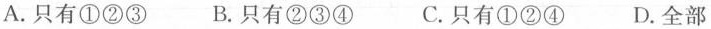
A.只有①②③ B.只有②③④ C.只有①②④ D.全部